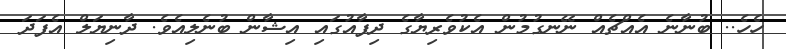
ހެހެ.. ބުނާނެ އެއްޗެއް ނޭނގުމުން އެކުވެރިޔާގެ ދިފާއުގައި އިޝާން ބުނެލިއެވެ. ދާނިޔަލް އެފަދަ